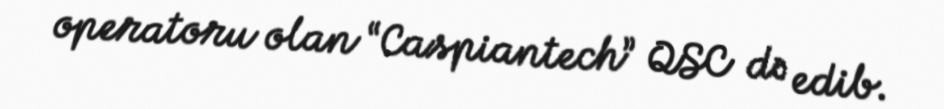
operatoru olan “Caspiantech” QSC də edib.